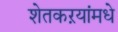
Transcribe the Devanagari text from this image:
शेतकऱयांमधे